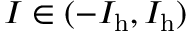
I \in ( - I _ { \mathrm { h } } , I _ { \mathrm { h } } )